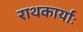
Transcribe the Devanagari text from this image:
राथकार्याः